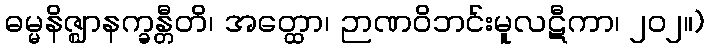
ဓမ္မနိဇ္ဈာနက္ခန္တီတိ၊ အတ္ထော၊ ဉာဏဝိဘင်းမူလဋီကာ၊ ၂၀၂။)